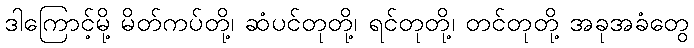
ဒါကြောင့်မို့ မိတ်ကပ်တို့၊ ဆံပင်တုတို့၊ ရင်တုတို့၊ တင်တုတို့ အခုအခံတွေ